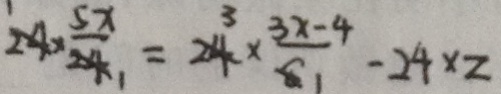
1 \times \frac { 5 x } { 1 } = 3 \times \frac { 3 x - 4 } { 1 } - 2 4 \times z